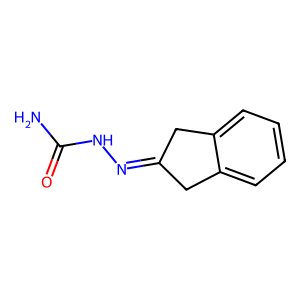
SMILES: NC(=O)NN=C1Cc2ccccc2C1
Inhibits HIV replication: No